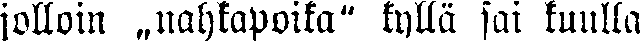
jolloin „nahkapoika" kyllä sai kuulla